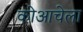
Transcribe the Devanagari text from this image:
कोआचेला